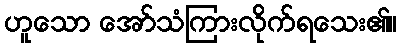
ဟူသော အော်သံကြားလိုက်ရသေး၏။